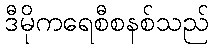
ဒီမိုကရေစီစနစ်သည်